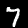
Digit: 7